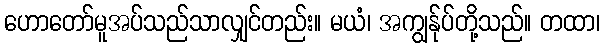
ဟောတော်မူအပ်သည်သာလျှင်တည်း။ မယံ၊ အကျွန်ုပ်တို့သည်။ တထာ၊